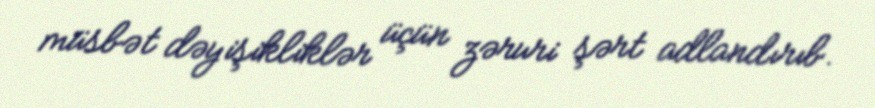
müsbət dəyişikliklər üçün zəruri şərt adlandırıb.